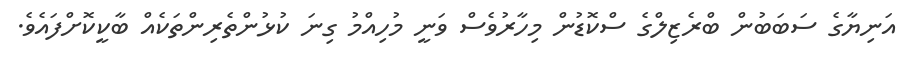
އަނިޔާގެ ސަބަބުން ބްރެޒިލްގެ ސްކޮޑުން މިހާރުވެސް ވަނީ މުހިއްމު ގިނަ ކުޅުންތެރިންތަކެއް ބާކީކޮށްފައެވެ.